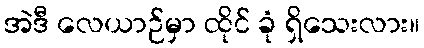
အဲဒီ လေယာဉ်မှာ ထိုင် ခုံ ရှိသေးလား။